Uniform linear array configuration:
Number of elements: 24
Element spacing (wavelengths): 0.5
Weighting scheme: kaiser
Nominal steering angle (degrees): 45
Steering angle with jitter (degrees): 44.967
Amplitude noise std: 0.05
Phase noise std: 0.05

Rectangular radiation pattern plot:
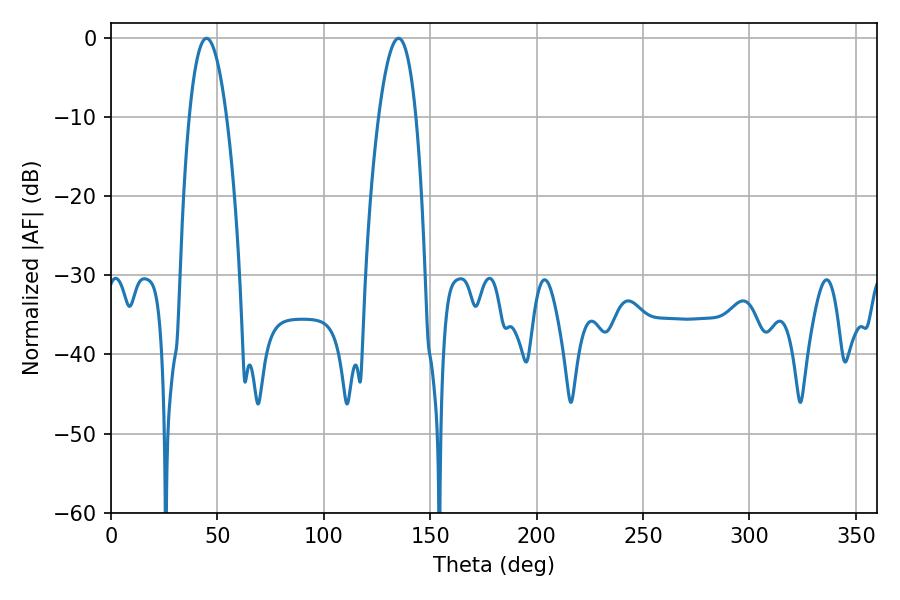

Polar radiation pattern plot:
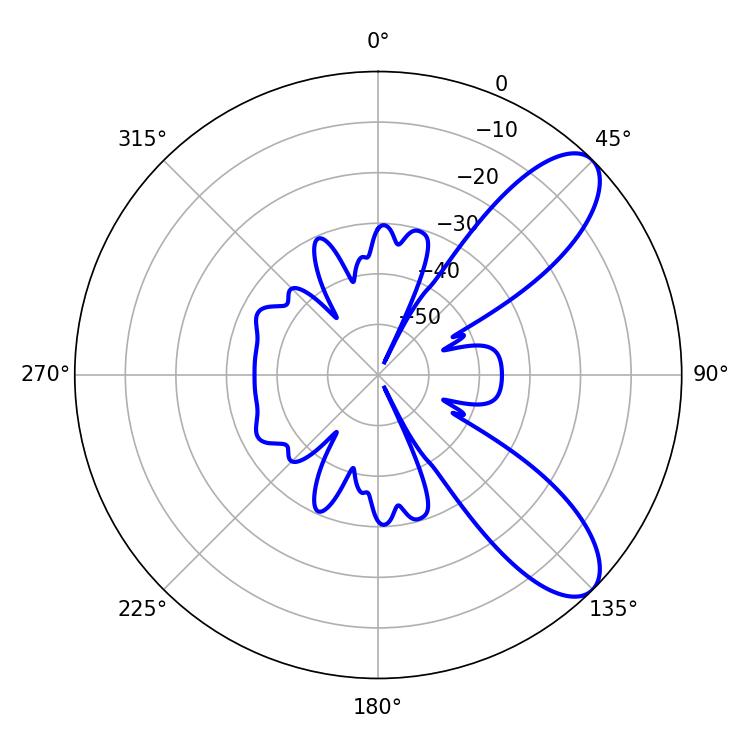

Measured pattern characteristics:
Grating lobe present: FALSE
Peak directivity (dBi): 8.92
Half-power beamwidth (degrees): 9.54
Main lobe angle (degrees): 44.82